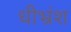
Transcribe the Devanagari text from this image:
धीभ्रंश